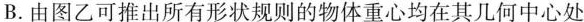
B.由图乙可推出所有形状规则的物体重心均在其几何中心处